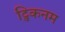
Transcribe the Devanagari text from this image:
ट्विकनम